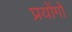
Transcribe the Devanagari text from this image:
प्रयोंगो